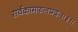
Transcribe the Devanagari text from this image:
सर्वकामफलप्रदः॥३॥